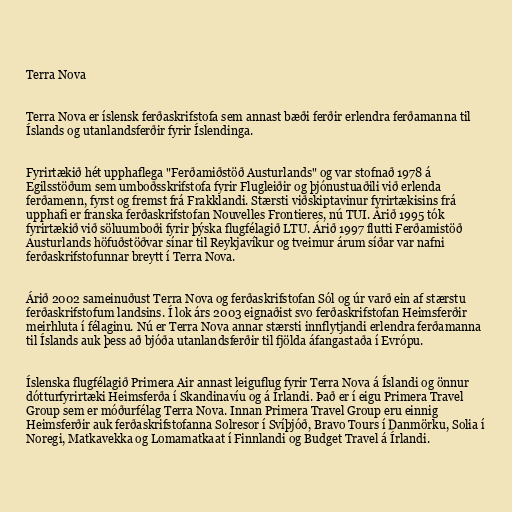
Terra Nova

Terra Nova er íslensk ferðaskrifstofa sem annast bæði ferðir erlendra ferðamanna til
Íslands og utanlandsferðir fyrir Íslendinga.

Fyrirtækið hét upphaflega "Ferðamiðstöð Austurlands" og var stofnað 1978 á
Egilsstöðum sem umboðsskrifstofa fyrir Flugleiðir og þjónustuaðili við erlenda
ferðamenn, fyrst og fremst frá Frakklandi. Stærsti viðskiptavinur fyrirtækisins frá
upphafi er franska ferðaskrifstofan Nouvelles Frontieres, nú TUI. Árið 1995 tók
fyrirtækið við söluumboði fyrir þýska flugfélagið LTU. Árið 1997 flutti Ferðamistöð
Austurlands höfuðstöðvar sínar til Reykjavíkur og tveimur árum síðar var nafni
ferðaskrifstofunnar breytt í Terra Nova.

Árið 2002 sameinuðust Terra Nova og ferðaskrifstofan Sól og úr varð ein af stærstu
ferðaskrifstofum landsins. Í lok árs 2003 eignaðist svo ferðaskrifstofan Heimsferðir
meirhluta í félaginu. Nú er Terra Nova annar stærsti innflytjandi erlendra ferðamanna
til Íslands auk þess að bjóða utanlandsferðir til fjölda áfangastaða í Evrópu.

Íslenska flugfélagið Primera Air annast leiguflug fyrir Terra Nova á Íslandi og önnur
dótturfyrirtæki Heimsferða í Skandinavíu og á Írlandi. Það er í eigu Primera Travel
Group sem er móðurfélag Terra Nova. Innan Primera Travel Group eru einnig
Heimsferðir auk ferðaskrifstofanna Solresor í Svíþjóð, Bravo Tours í Danmörku, Solia í
Noregi, Matkavekka og Lomamatkaat í Finnlandi og Budget Travel á Írlandi.